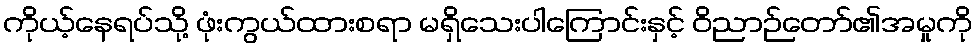
ကိုယ့်နေရပ်သို့ ဖုံးကွယ်ထားစရာ မရှိသေးပါကြောင်းနှင့် ဝိညာဉ်တော်၏အမှုကို